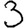
Digit: 3